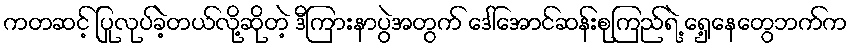
ကတဆင့် ပြုလုပ်ခဲ့တယ်လို့ဆိုတဲ့ ဒီကြားနာပွဲအတွက် ဒေါ်အောင်ဆန်းစုကြည်ရဲ့ ရှေ့နေတွေဘက်က